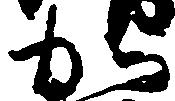
加